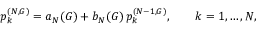
p _ { k } ^ { ( N , G ) } = a _ { N } ( G ) + b _ { N } ( G ) \, p _ { k } ^ { ( N - 1 , G ) } , \qquad k = 1 , \dots , N ,